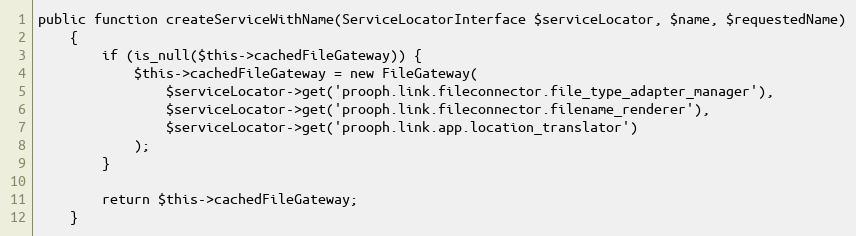
Language: PHP
public function createServiceWithName(ServiceLocatorInterface $serviceLocator, $name, $requestedName)
    {
        if (is_null($this->cachedFileGateway)) {
            $this->cachedFileGateway = new FileGateway(
                $serviceLocator->get('prooph.link.fileconnector.file_type_adapter_manager'),
                $serviceLocator->get('prooph.link.fileconnector.filename_renderer'),
                $serviceLocator->get('prooph.link.app.location_translator')
            );
        }

        return $this->cachedFileGateway;
    }